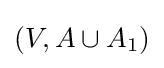
(V,A\cup A_{1})